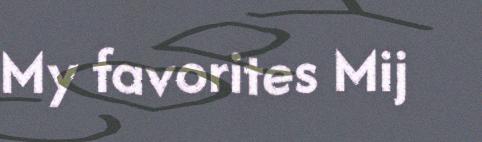
My favorites Mij